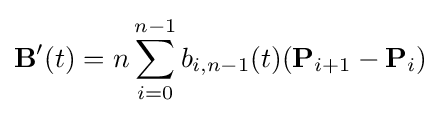
\mathbf {B} '(t)=n\sum _{i=0}^{n-1}b_{i,n-1}(t)(\mathbf {P} _{i+1}-\mathbf {P} _{i})